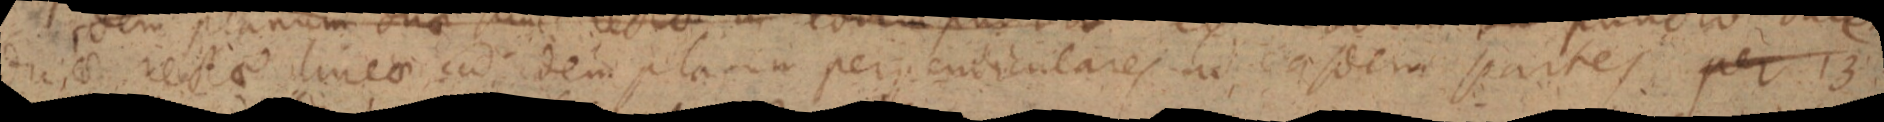
dri_ rectae lineae cad idem planum perpendiculares ad easdem partes, per 13